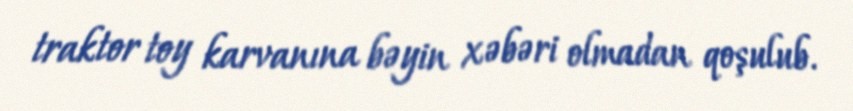
traktor toy karvanına bəyin xəbəri olmadan qoşulub.